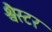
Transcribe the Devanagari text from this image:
श्वैस्टर